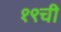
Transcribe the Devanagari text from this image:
१९ची